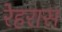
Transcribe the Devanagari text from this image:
रेहरास